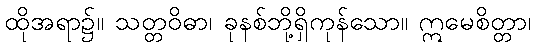
ထိုအရာ၌။ သတ္တဝိဓာ၊ ခုနစ်ဘို့ရှိကုန်သော။ ဣမေစိတ္တာ၊